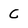
Character: C